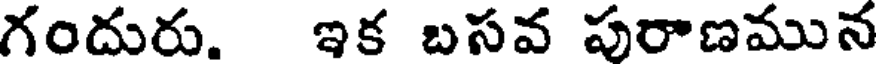
గందురు. ఇక బసవ పురాణమున